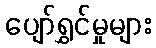
ပျော်ရွှင်မှုများ